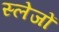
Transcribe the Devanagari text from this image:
स्लेजों